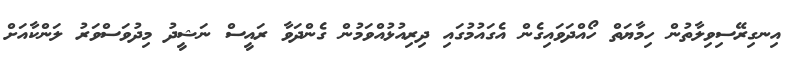
އިނގިރޭސިވިލާތުން ހިމާޔަތް ހޯއްދަވައިގެން އެގައުމުގައި ދިރިއުޅުއްވަމުން ގެންދަވާ ރައީސް ނަޝީދު މިދުވަސްވަރު ލަންކާއަށް